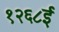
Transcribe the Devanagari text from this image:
१२६८ई